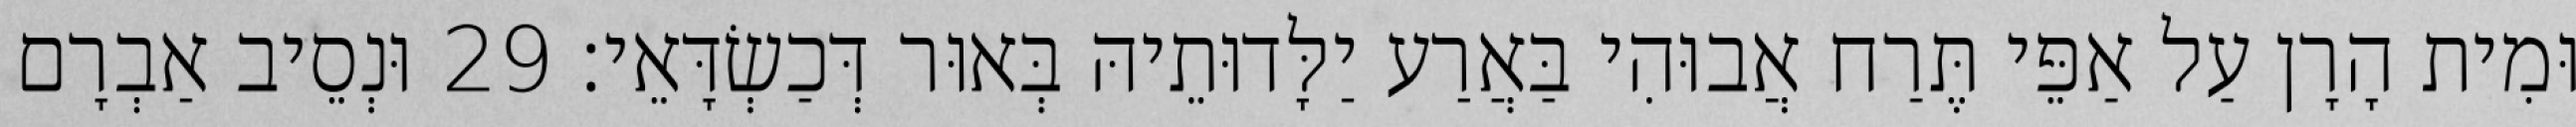
וּמִית הָרָן עַל אַפֵּי תֶּרַח אֲבוּהִי בַּאֲרַע יַלָּדוּתֵיהּ בְּאוּר דְּכַשְׂדָּאֵי׃ 29 וּנְסֵיב אַבְרָם